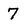
Character: 7